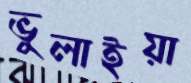
ভুলাইয়া